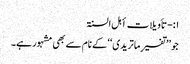
۱:- تأویلات أہل السنۃ
جو ’’تفسیرِ ماتریدی‘‘ کے نام سے بھی مشہور ہے۔